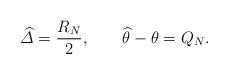
LaTeX: \begin{gather*}\widehat{\varDelta} = \dfrac{R_N}{2}, \qquad\widehat{\theta} - \theta=Q_N.\end{gather*}